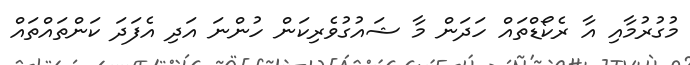
މުގުރުމާއި އާ ރެކޯޑްތައް ހަދަން މާ ޝައުގުވެރިކަން ހުންނަ އަދި އެފަދަ ކަންތައްތައް